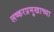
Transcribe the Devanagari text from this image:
लष्करप्रमुखाच्या